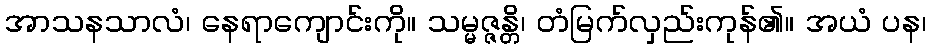
အာသနသာလံ၊ နေရာကျောင်းကို။ သမ္မဇ္ဇန္တိ၊ တံမြက်လှည်းကုန်၏။ အယံ ပန၊